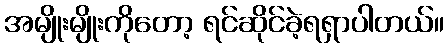
အမျိုးမျိုးကိုတော့ ရင်ဆိုင်ခဲ့ရရှာပါတယ်။